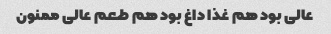
عالی بود هم غذا داغ بود هم طعم عالی ممنون